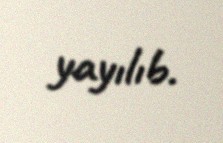
yayılıb.